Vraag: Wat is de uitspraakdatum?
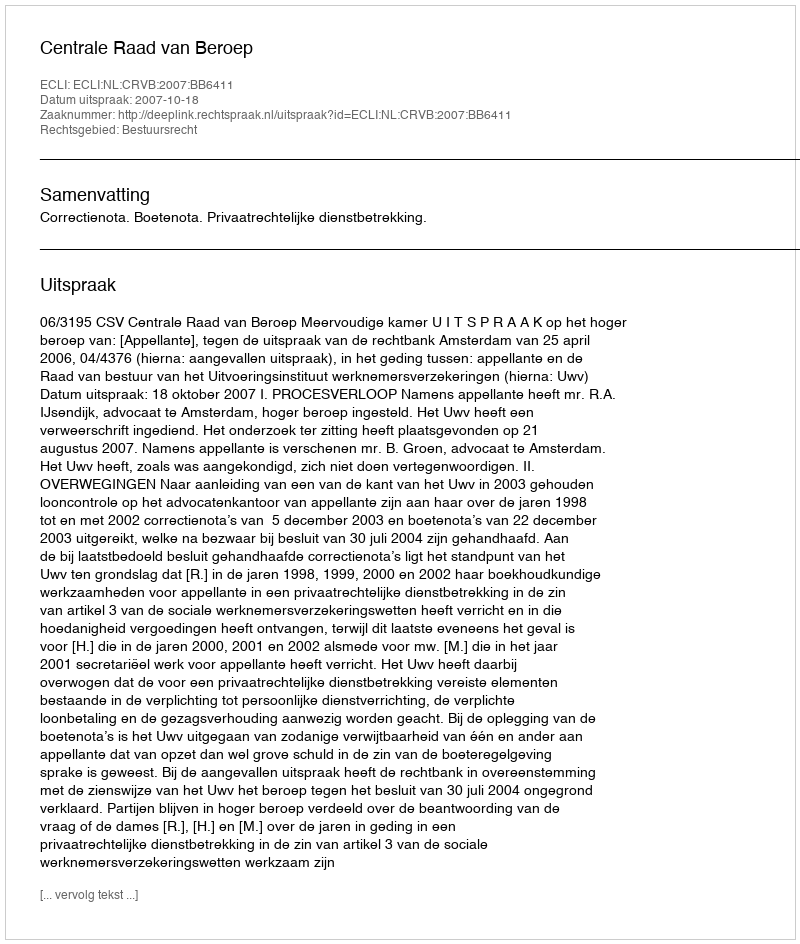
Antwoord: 2007-10-18